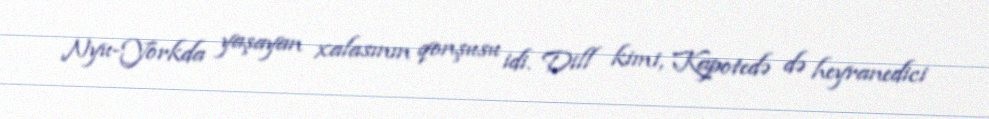
Nyu-Yorkda yaşayan xalasının qonşusu idi. Dill kimi, Kapotedə də heyranedici